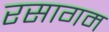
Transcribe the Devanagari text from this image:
रसागम